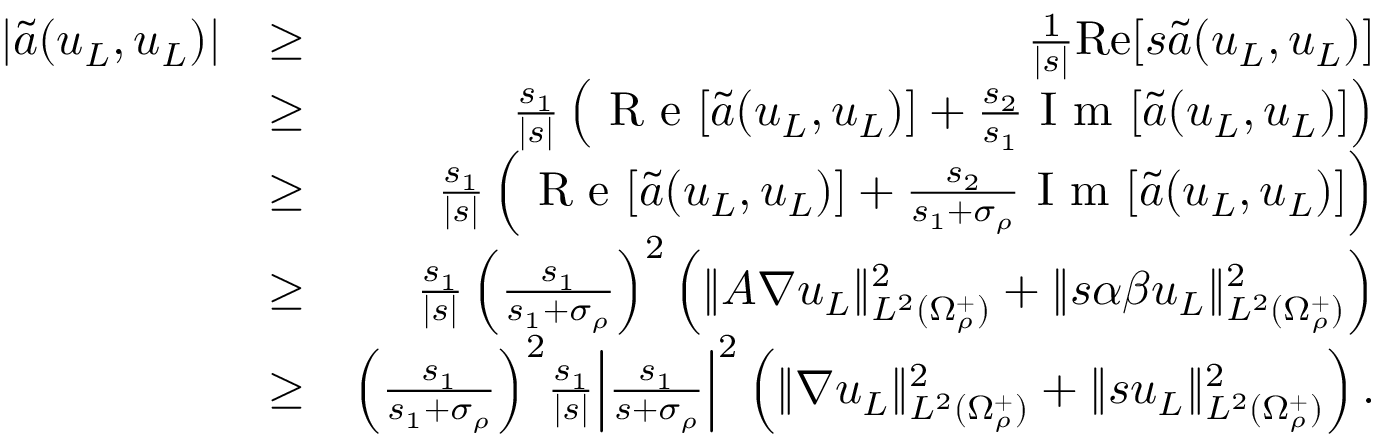
\begin{array} { r l r } { | \tilde { a } ( u _ { L } , u _ { L } ) | } & { \geq } & { \frac { 1 } { | s | } \mathrm { R e } [ s \tilde { a } ( u _ { L } , u _ { L } ) ] } \\ & { \geq } & { \frac { s _ { 1 } } { | s | } \left( \textnormal { R e } [ \tilde { a } ( u _ { L } , u _ { L } ) ] + \frac { s _ { 2 } } { s _ { 1 } } \textnormal { I m } [ \tilde { a } ( u _ { L } , u _ { L } ) ] \right) } \\ & { \geq } & { \frac { s _ { 1 } } { | s | } \left( \textnormal { R e } [ \tilde { a } ( u _ { L } , u _ { L } ) ] + \frac { s _ { 2 } } { s _ { 1 } + \sigma _ { \rho } } \textnormal { I m } [ \tilde { a } ( u _ { L } , u _ { L } ) ] \right) } \\ & { \geq } & { \frac { s _ { 1 } } { | s | } \left( \frac { s _ { 1 } } { s _ { 1 } + \sigma _ { \rho } } \right) ^ { 2 } \left( \| A \nabla u _ { L } \| _ { L ^ { 2 } ( \Omega _ { \rho } ^ { + } ) } ^ { 2 } + \| s \alpha \beta u _ { L } \| _ { L ^ { 2 } ( \Omega _ { \rho } ^ { + } ) } ^ { 2 } \right) } \\ & { \geq } & { \Big ( \frac { s _ { 1 } } { s _ { 1 } + \sigma _ { \rho } } \Big ) ^ { 2 } \frac { s _ { 1 } } { | s | } \Big | \frac { s _ { 1 } } { s + \sigma _ { \rho } } \Big | ^ { 2 } \left( \| \nabla u _ { L } \| _ { L ^ { 2 } ( \Omega _ { \rho } ^ { + } ) } ^ { 2 } + \| s u _ { L } \| _ { L ^ { 2 } ( \Omega _ { \rho } ^ { + } ) } ^ { 2 } \right) . } \end{array}